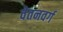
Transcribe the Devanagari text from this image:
वेतनवर्ग